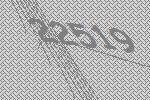
22519